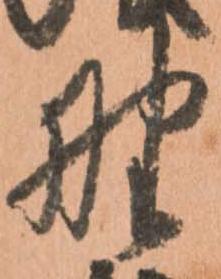
野